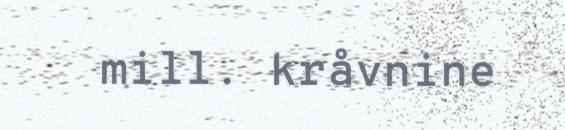
mill. kråvnine